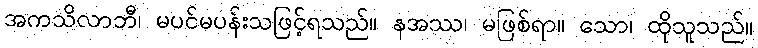
အကသိလာဘီ၊ မပင်မပန်းသဖြင့်ရသည်။ နအဿ၊ မဖြစ်ရာ။ သော၊ ထိုသူသည်။